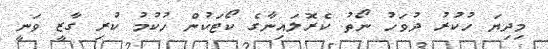
މިދިޔަ ހުކުރު ދުވަހު ނޯތު ކެރޮލައިނާގެ ކޯޓަކުން ހުކުމު ކުރި ގާޒީ ވަނީ